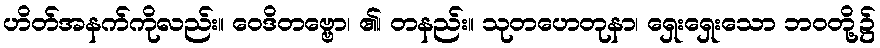
ဟိတ်အနက်ကိုလည်း။ ဝေဒိတဗ္ဗော၊ ၏၊ တနည်း။ သုတဟေတုနာ၊ ရှေးရှေးသော ဘဝတို့၌